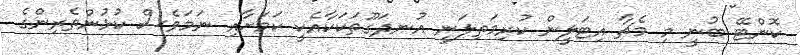
ކޮންޓޭ ބުނީ މި މެޗާ އިޓަލީން ކުރިމަތިލަނީ އުނދަގޫތަކަކާއެކީ ކަމަށާއި ނަމަވެސް ކުޅުންތެރިންގެ